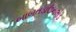
બાબતડાઉનલોડ